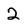
Character: 2